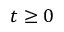
t \geq 0